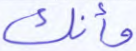
وأنك